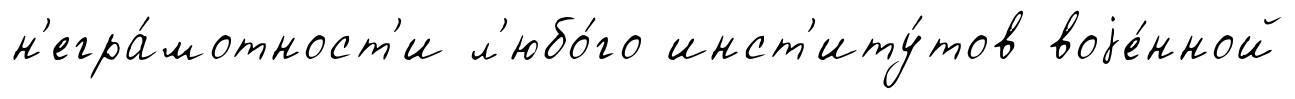
н'егра́мотност'и л'юбо́го инст'иту́тов воjе́нной